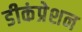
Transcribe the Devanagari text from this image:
डीकंप्रेशन